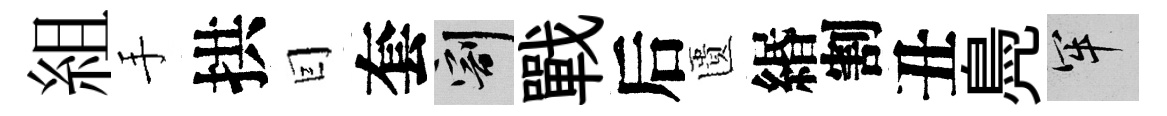
組手拱囙套割戰后匱緡割丑鳧牢